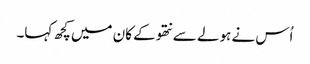
اُس نے ہولے سے نتھو کے کان میں کچھ کہا۔